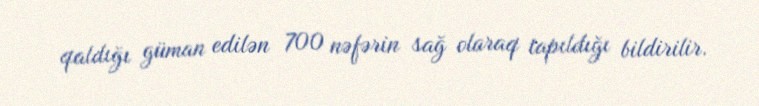
qaldığı güman edilən 700 nəfərin sağ olaraq tapıldığı bildirilir.